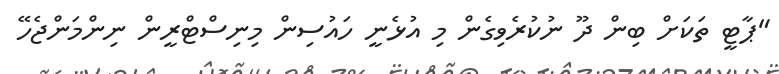
"ޕާޓީ ތަކަށް ބިން ދޫ ނުކުރެވިގެން މި އުޅެނީ ހައުސިން މިނިސްޓްރީން ނިންމަންޖެހޭ